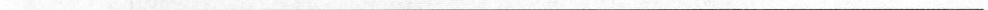
___